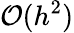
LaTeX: \mathcal{O}(h^{2})